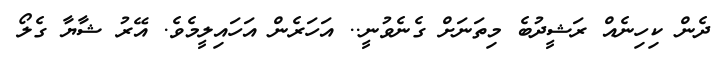
ދެން ކިހިނެއް ރަޝީދުބެ މިތަނަށް ގެނެވުނީ.. އަހަރެން އަހައިލީމެވެ. އޭރު ޝާޔާ ގެލޯ